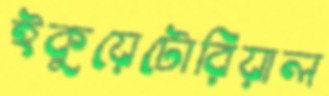
ইকুয়েটোরিয়াল